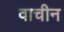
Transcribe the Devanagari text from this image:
वाचीन